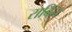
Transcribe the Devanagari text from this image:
राबिन्‌